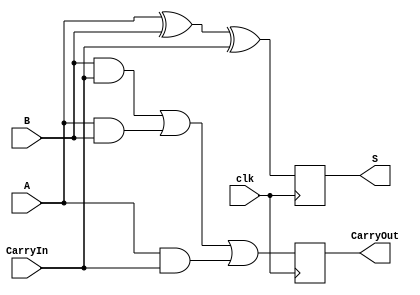
module FullAdder(
		input A,
		input B,
		input CarryIn,
		input clk,
		output reg S,
		output reg CarryOut
		);

always @ (posedge clk)
	begin
		S = (A ^ B) ^ CarryIn;
		CarryOut = (B & CarryIn) | (A & B) | (A & CarryIn);
	end
endmodule